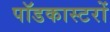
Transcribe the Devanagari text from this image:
पॉडकास्टरों